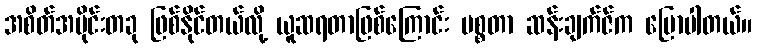
အစိတ်အပိုင်းတခု ဖြစ်နိုင်တယ်လို့ ယူဆရတာဖြစ်ကြောင်း မစ္စတာ ဆန်းချက်ဇ်က ပြောပါတယ်။